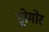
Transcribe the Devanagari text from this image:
ड्रोमोर